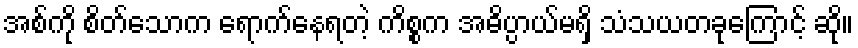
အစ်ကို စိတ်သောက ရောက်နေရတဲ့ ကိစ္စက အဓိပ္ပာယ်မရှိ သံသယတခုကြောင့် ဆို။